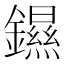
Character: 䥪